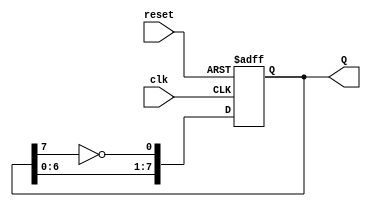
module johnson_counter (
    input wire clk,        // Clock input
    input wire reset,      // Asynchronous reset input
    output reg [7:0] Q     // 8-bit output representing the current state
);

// Always block triggered on the rising edge of the clock or when reset is activated
always @(posedge clk or posedge reset) begin
    if (reset) begin
        // Reset the counter to 0
        Q <= 8'b00000000;
    end else begin
        // Johnson counter logic
        Q[0] <= ~Q[7]; // Inverted output of the last flip-flop to the first
        Q[7:1] <= Q[6:0]; // Shift the other bits to the right
    end
end

endmodule